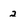
Character: 2